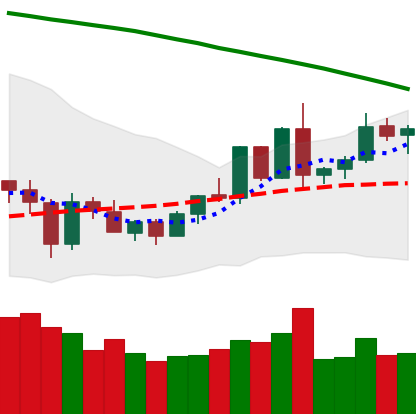
Ticker: EOS-USD
Chart end date: 2020-06-07
Forward return: -7.706%
Label: down_7plus